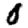
Digit: 0